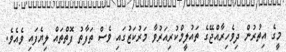
މީގެ އިތުރުން ދިވެހިރާއްޖޭގެ ތައުލީމްކުރިއަރުވާ މަރުކަޒުގައި ވެސް ތަފާތު ފޮތްތައް ލިޔެފައި ވެއެވެ.